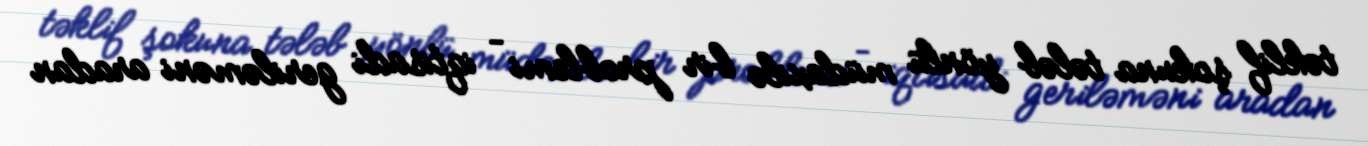
təklif şokuna tələb yönlü müdaxilə bir problemi – iqtisadi geriləməni aradan